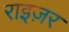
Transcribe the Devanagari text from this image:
राइज़र